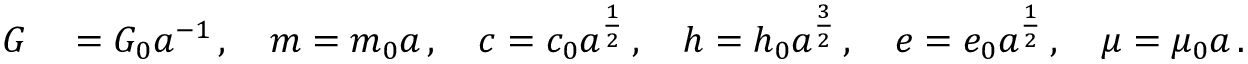
\begin{array} { r l } { G } & { { } = G _ { 0 } a ^ { - 1 } \, , \quad m = m _ { 0 } a \, , \quad c = c _ { 0 } a ^ { \frac { 1 } { 2 } } \, , \quad h = h _ { 0 } a ^ { \frac { 3 } { 2 } } \, , \quad e = e _ { 0 } a ^ { \frac { 1 } { 2 } } \, , \quad \mu = \mu _ { 0 } a \, . } \end{array}